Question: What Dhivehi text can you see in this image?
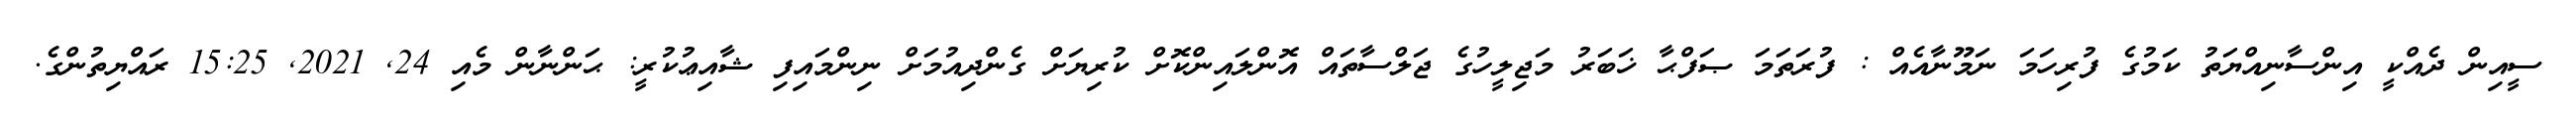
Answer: ސީއިން ދެއްކީ އިންސާނިއްޔަތު ކަމުގެ ފުރިހަމަ ނަމޫނާއެއް : ފުރަތަމަ ޞަފްޙާ ޚަބަރު މަޖިލީހުގެ ޖަލްސާތައް އޮންލައިންކޮށް ކުރިޔަށް ގެންދިއުމަށް ނިންމައިފި ޝާއިޢުކުރީ: ޙަންނާން މެއި 24, 2021, 15:25 ރައްޔިތުންގެ.